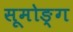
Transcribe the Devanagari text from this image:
सूमोङ्ग